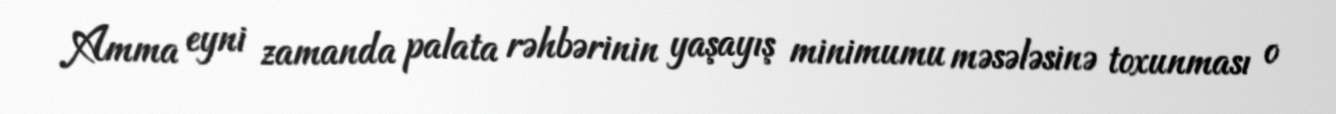
Amma eyni zamanda palata rəhbərinin yaşayış minimumu məsələsinə toxunması o